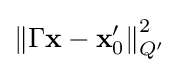
\left\|\Gamma \mathbf {x} -\mathbf {x} _{0}'\right\|_{Q'}^{2}